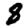
Digit: 8